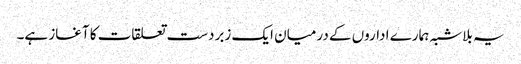
یہ بلاشبہ ہمارے اداروں کے درمیان ایک زبردست تعلقات کا آغاز ہے۔